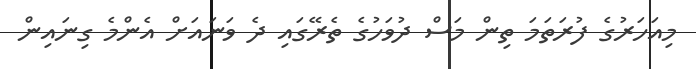
މިއަހަރުގެ ފުރަތަމަ ތިން މަސް ދުވަހުގެ ތެރޭގައި ދެ ވަނައަށް އެންމެ ގިނައިން